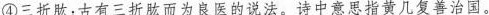
④三折肱；古有三折肱而为良医的说法。诗中意思指黄几复善治国。